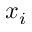
x _ { i }